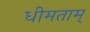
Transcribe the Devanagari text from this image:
धीमताम्‌